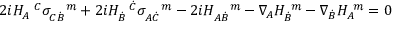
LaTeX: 2 i H _ { A } ^ { \ \ C } \sigma _ { C \dot { B } } ^ { \ \ \ m } + 2 i H _ { \dot { B } } ^ { \ \ \dot { C } } \sigma _ { A \dot { C } } ^ { \ \ \ m } - 2 i H _ { A \dot { B } } ^ { \ \ \ m } - \nabla _ { A } H _ { \dot { B } } ^ { \ m } - \nabla _ { \dot { B } } H _ { A } ^ { \ m } = 0